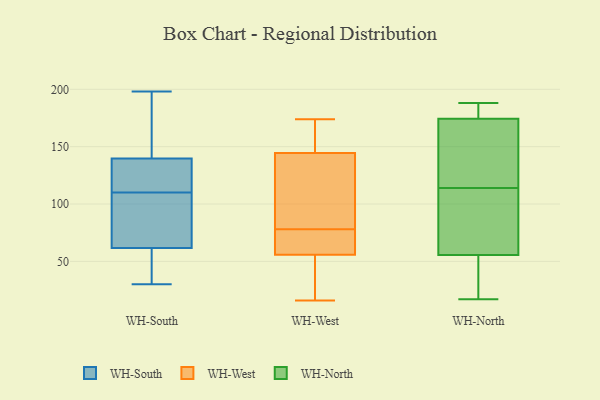
{"axis": {"x": "LTV (USD)", "y": "Value"}, "legend": ["WH-North", "WH-South", "WH-West"], "data": [{"x": "", "y": 110, "type": "WH-South"}, {"x": "", "y": 120, "type": "WH-South"}, {"x": "", "y": 113, "type": "WH-South"}, {"x": "", "y": 129, "type": "WH-South"}, {"x": "", "y": 46, "type": "WH-South"}, {"x": "", "y": 172, "type": "WH-South"}, {"x": "", "y": 30, "type": "WH-South"}, {"x": "", "y": 108, "type": "WH-South"}, {"x": "", "y": 176, "type": "WH-South"}, {"x": "", "y": 97, "type": "WH-South"}, {"x": "", "y": 93, "type": "WH-South"}, {"x": "", "y": 198, "type": "WH-South"}, {"x": "", "y": 30, "type": "WH-South"}, {"x": "", "y": 174, "type": "WH-South"}, {"x": "", "y": 33, "type": "WH-South"}, {"x": "", "y": 127, "type": "WH-South"}, {"x": "", "y": 67, "type": "WH-South"}, {"x": "", "y": 74, "type": "WH-West"}, {"x": "", "y": 51, "type": "WH-West"}, {"x": "", "y": 93, "type": "WH-West"}, {"x": "", "y": 22, "type": "WH-West"}, {"x": "", "y": 70, "type": "WH-West"}, {"x": "", "y": 156, "type": "WH-West"}, {"x": "", "y": 78, "type": "WH-West"}, {"x": "", "y": 16, "type": "WH-West"}, {"x": "", "y": 174, "type": "WH-West"}, {"x": "", "y": 140, "type": "WH-West"}, {"x": "", "y": 146, "type": "WH-West"}, {"x": "", "y": 17, "type": "WH-North"}, {"x": "", "y": 160, "type": "WH-North"}, {"x": "", "y": 48, "type": "WH-North"}, {"x": "", "y": 188, "type": "WH-North"}, {"x": "", "y": 118, "type": "WH-North"}, {"x": "", "y": 89, "type": "WH-North"}, {"x": "", "y": 78, "type": "WH-North"}, {"x": "", "y": 28, "type": "WH-North"}, {"x": "", "y": 41, "type": "WH-North"}, {"x": "", "y": 114, "type": "WH-North"}, {"x": "", "y": 80, "type": "WH-North"}, {"x": "", "y": 41, "type": "WH-North"}, {"x": "", "y": 188, "type": "WH-North"}, {"x": "", "y": 123, "type": "WH-North"}, {"x": "", "y": 188, "type": "WH-North"}, {"x": "", "y": 108, "type": "WH-North"}, {"x": "", "y": 175, "type": "WH-North"}, {"x": "", "y": 172, "type": "WH-North"}, {"x": "", "y": 181, "type": "WH-North"}]}